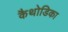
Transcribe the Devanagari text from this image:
कैथोडिका